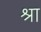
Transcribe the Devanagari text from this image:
श्रा